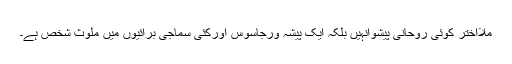
ملااختر کوئی روحانی پیشوانہیں بلکہ ایک پیشہ ورجاسوس اورکئی سماجی برائیوں میں ملوث شخص ہے۔